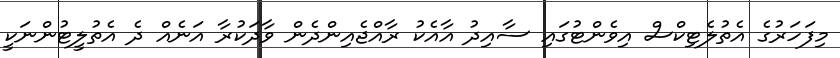
މިފަހަރުގެ އެތުލެޓިކްސް އިވެންޓުގައި ސާއިދު އާއެކު ރާއްޖެއިންދެން ވާދަކުރާ އަނެއް ދެ އެތުލީޓުންނަކީ